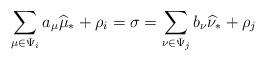
LaTeX: \begin{align*} \sum \limits_{\mu \in \Psi_i} a_\mu \widehat \mu_* + \rho_i = \sigma = \sum \limits_{\nu \in \Psi_j} b_\nu \widehat \nu_* + \rho_j\end{align*}